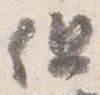
但